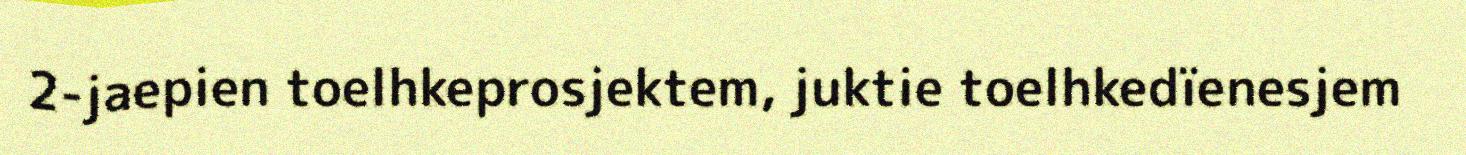
2-jaepien toelhkeprosjektem, juktie toelhkedïenesjem